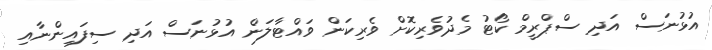
އުޅުނަސް އަދި ސްޕްރީމް ކޯޓު މެދުވެރިކޮށް ވެރިކަން ވައްޓާލަން އުޅުނަސް އަދި ސިފައިންނާއި